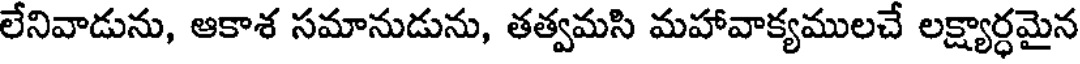
లేనివాడును, ఆకాశ సమానుడును, తత్వమసి మహావాక్యములచే లక్ష్యార్ధమైన